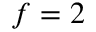
f = 2